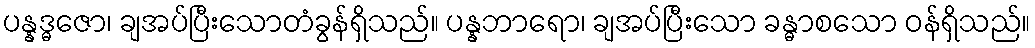
ပန္နဒ္ဓဇော၊ ချအပ်ပြီးသောတံခွန်ရှိသည်။ ပန္နဘာရော၊ ချအပ်ပြီးသော ခန္ဓာစသော ဝန်ရှိသည်။